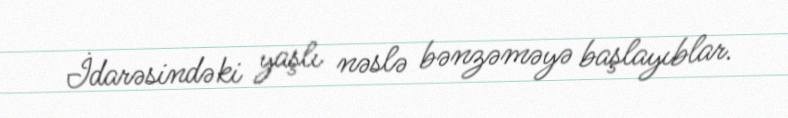
İdarəsindəki yaşlı nəslə bənzəməyə başlayıblar.